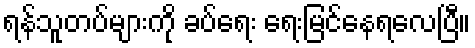
ရန်သူတပ်များကို ခပ်ရေး ရေးမြင်နေရလေပြီ။